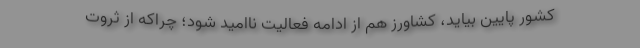
کشور پایین بیاید، کشاورز هم از ادامه فعالیت ناامید شود؛ چراکه از ثروت